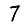
Digit: 7